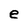
Character: e